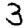
Digit: 3